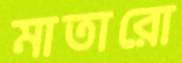
মাতারো